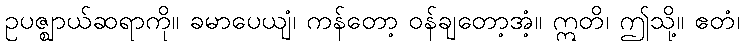
ဥပဇ္ဈာယ်ဆရာကို။ ခမာပေယျံ၊ ကန်တော့ ဝန်ချတော့အံ့။ ဣတိ၊ ဤသို့။ ဧတံ၊